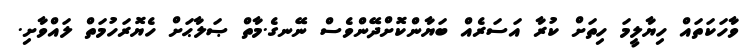
ވާހަކަތައް ހިޔާލީމަ ހިތަށް ކުރާ އަސަރެއް ބަޔާންކޮށްދޭންވެސް ނޭނގެ.މާތް ޞަލާޙަށް ހެޔޮރަހުމަތް ލައްވާށި.